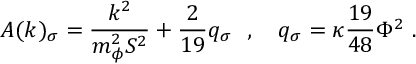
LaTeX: A ( k ) _ { \sigma } = \frac { k ^ { 2 } } { m _ { \phi } ^ { 2 } S ^ { 2 } } + \frac { 2 } { 1 9 } q _ { \sigma } ~ ~ , ~ ~ ~ q _ { \sigma } = \kappa \frac { 1 9 } { 4 8 } \Phi ^ { 2 } ~ .